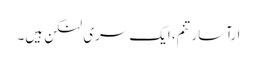
ارآسارتنم، ایک سری لنکن ہیں۔